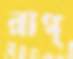
রাগ্‌